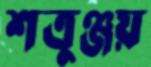
শত্রুঞ্জয়